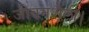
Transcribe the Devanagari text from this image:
जीवनशैली।